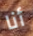
أنا